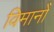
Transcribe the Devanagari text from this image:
विमानोँ